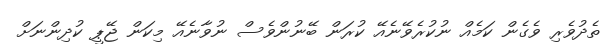
ތެދުވެރި ވެގެން ކަމެއް ނުކުރެވޭނެއޭ ކުރަން ބޭނުންވެސް ނުވާނެއޭ މިކަން ޖޭޕީ ކުދިންނަށް